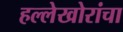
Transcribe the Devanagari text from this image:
हल्लेखोरांचा